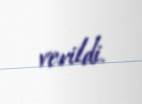
verildi.